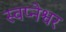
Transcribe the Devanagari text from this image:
स्वप्नेश्वर